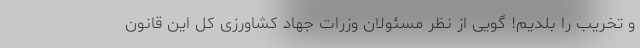
و تخریب را بلدیم! گویی از نظر مسئولان وزرات جهاد کشاورزی کل این قانون